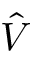
\hat { V }